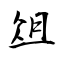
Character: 俎